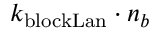
k _ { \mathrm { b l o c k L a n } } \cdot n _ { b }